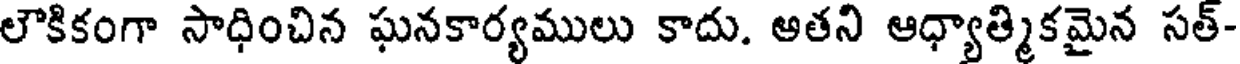
లౌకికంగా సాధించిన ఘనకార్యములు కాదు. అతని ఆధ్యాత్మికమైన సత్-